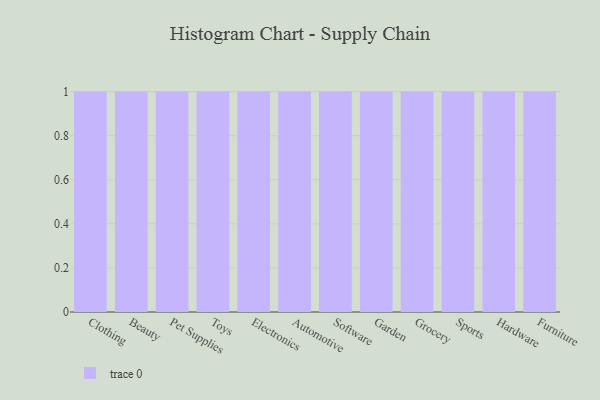
{"axis": {"x": "Category", "y": "Net Income (USD K)"}, "legend": [""], "data": [{"x": "Clothing", "y": 9, "type": ""}, {"x": "Beauty", "y": 87, "type": ""}, {"x": "Pet Supplies", "y": 30, "type": ""}, {"x": "Toys", "y": 16, "type": ""}, {"x": "Electronics", "y": 42, "type": ""}, {"x": "Automotive", "y": 31, "type": ""}, {"x": "Software", "y": 66, "type": ""}, {"x": "Garden", "y": 61, "type": ""}, {"x": "Grocery", "y": 56, "type": ""}, {"x": "Sports", "y": 99, "type": ""}, {"x": "Hardware", "y": 59, "type": ""}, {"x": "Furniture", "y": 51, "type": ""}]}